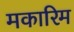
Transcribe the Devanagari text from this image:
मकारिम